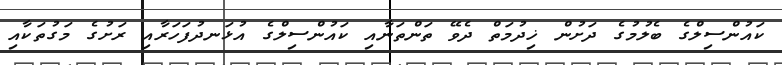
ކައުންސިލްގެ ބެލުމުގެ ދަށުން ޚިދުމަތް ދެވޭ ތަންތަނާއި ކައުންސިލްގެ އުޅަނދުފަހަރާއި ރަށުގެ މަގުތަކާއި